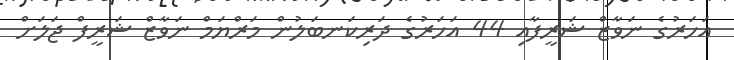
އަހަރުގެ ނަވާޒް ޝަރީފާއި 44 އަހަރުގެ ދަރިކަނބަލުން މަރްޔަމް ނަވާޒް ޝަރީފް ޖަލަށް